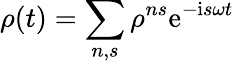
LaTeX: \rho(t)=\sum_{n,s}\rho^{ns}\mathrm{e}^{-\mathrm{i}s\omega t}